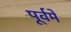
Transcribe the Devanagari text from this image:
पूर्वमें